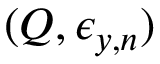
( Q , \epsilon _ { y , n } )